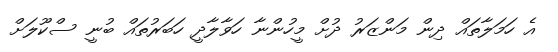
އެ ހަމަލާތައް ދިން މަންޒަރު ދުށް މީހުންނާ ހަވާލާދީ ހަބަރުތައް ބުނީ ސްކޫލަށް